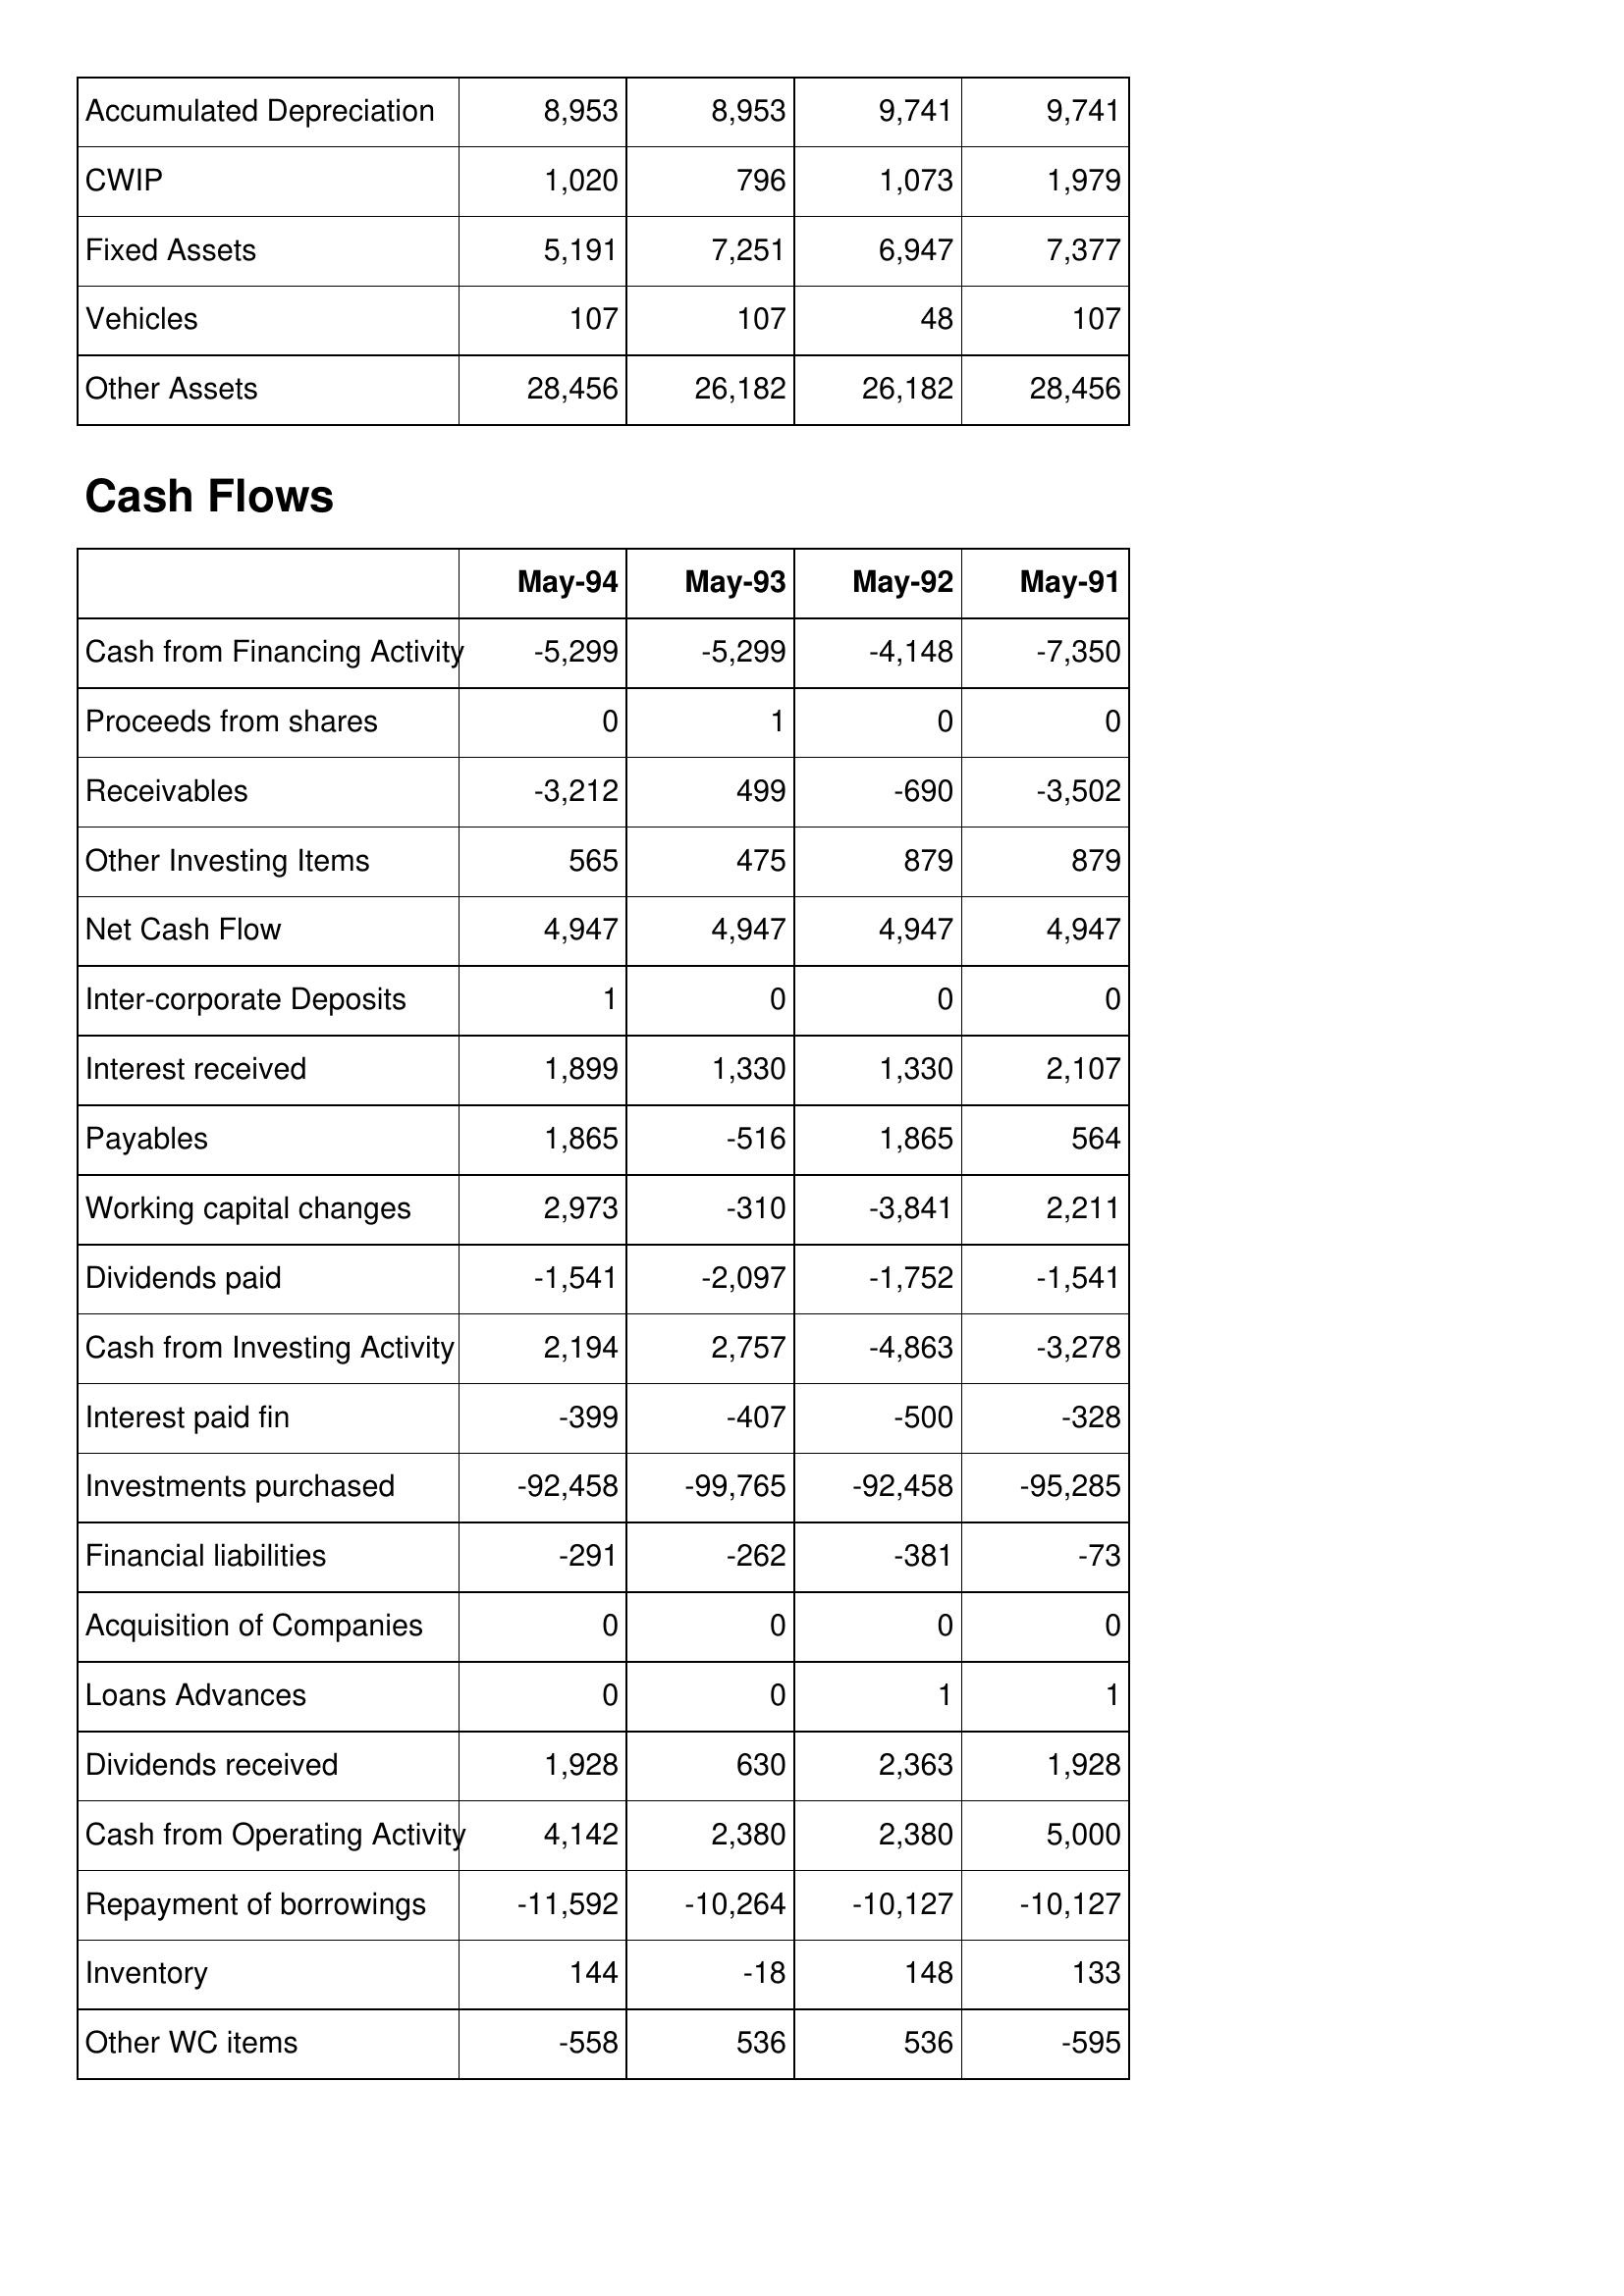
May-94: Balance Sheet: Accumulated Depreciation: 8,953
CWIP: 1,020
Fixed Assets: 5,191
Vehicles: 107
Other Assets: 28,456
Cash Flows: Cash from Financing Activity: -5,299
Proceeds from shares: 0
Receivables: -3,212
Other Investing Items: 565
Net Cash Flow: 4,947
Inter-corporate Deposits: 1
Interest received: 1,899
Payables: 1,865
Working capital changes: 2,973
Dividends paid: -1,541
Cash from Investing Activity: 2,194
Interest paid fin: -399
Investments purchased: -92,458
Financial liabilities: -291
Acquisition of Companies: 0
Loans Advances: 0
Dividends received: 1,928
Cash from Operating Activity: 4,142
Repayment of borrowings: -11,592
Inventory: 144
Other WC items: -558
May-93: Balance Sheet: Accumulated Depreciation: 8,953
CWIP: 796
Fixed Assets: 7,251
Vehicles: 107
Other Assets: 26,182
Cash Flows: Cash from Financing Activity: -5,299
Proceeds from shares: 1
Receivables: 499
Other Investing Items: 475
Net Cash Flow: 4,947
Inter-corporate Deposits: 0
Interest received: 1,330
Payables: -516
Working capital changes: -310
Dividends paid: -2,097
Cash from Investing Activity: 2,757
Interest paid fin: -407
Investments purchased: -99,765
Financial liabilities: -262
Acquisition of Companies: 0
Loans Advances: 0
Dividends received: 630
Cash from Operating Activity: 2,380
Repayment of borrowings: -10,264
Inventory: -18
Other WC items: 536
May-92: Balance Sheet: Accumulated Depreciation: 9,741
CWIP: 1,073
Fixed Assets: 6,947
Vehicles: 48
Other Assets: 26,182
Cash Flows: Cash from Financing Activity: -4,148
Proceeds from shares: 0
Receivables: -690
Other Investing Items: 879
Net Cash Flow: 4,947
Inter-corporate Deposits: 0
Interest received: 1,330
Payables: 1,865
Working capital changes: -3,841
Dividends paid: -1,752
Cash from Investing Activity: -4,863
Interest paid fin: -500
Investments purchased: -92,458
Financial liabilities: -381
Acquisition of Companies: 0
Loans Advances: 1
Dividends received: 2,363
Cash from Operating Activity: 2,380
Repayment of borrowings: -10,127
Inventory: 148
Other WC items: 536
May-91: Balance Sheet: Accumulated Depreciation: 9,741
CWIP: 1,979
Fixed Assets: 7,377
Vehicles: 107
Other Assets: 28,456
Cash Flows: Cash from Financing Activity: -7,350
Proceeds from shares: 0
Receivables: -3,502
Other Investing Items: 879
Net Cash Flow: 4,947
Inter-corporate Deposits: 0
Interest received: 2,107
Payables: 564
Working capital changes: 2,211
Dividends paid: -1,541
Cash from Investing Activity: -3,278
Interest paid fin: -328
Investments purchased: -95,285
Financial liabilities: -73
Acquisition of Companies: 0
Loans Advances: 1
Dividends received: 1,928
Cash from Operating Activity: 5,000
Repayment of borrowings: -10,127
Inventory: 133
Other WC items: -595